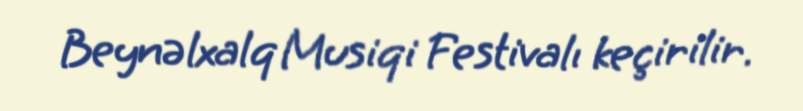
Beynəlxalq Musiqi Festivalı keçirilir.